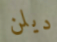
ديلن